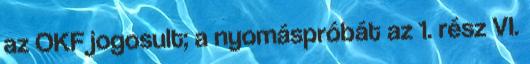
az OKF jogosult; a nyomáspróbát az 1. rész VI.